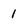
Character: 1